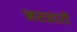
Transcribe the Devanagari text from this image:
मरवारों